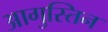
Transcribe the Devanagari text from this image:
आगुस्तिन